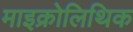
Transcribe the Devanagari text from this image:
माइक्रोलिथिक